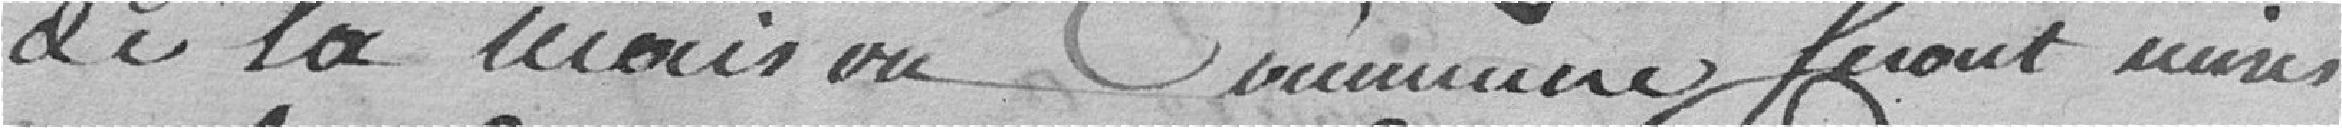
de la maison Commune Seront mises